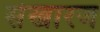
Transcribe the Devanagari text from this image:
सेखारज